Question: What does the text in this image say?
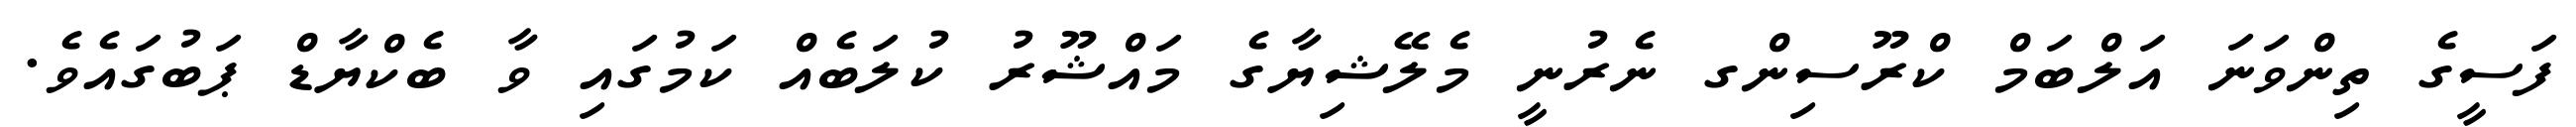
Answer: ފަސީގެ ތިންވަނަ އަލްބަމް ކްރޫސިންގ ނެރުނީ މެލޭޝިޔާގެ މައްޝޫރު ކުލަބެއް ކަމުގައި ވާ ބެކްޔާޑް ޕަބުގައެވެ.